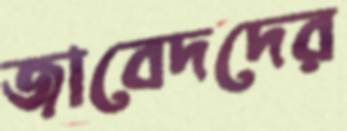
জাবেদদের